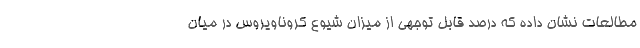
مطالعات نشان داده که درصد قابل توجهی از میزان شیوع کروناویروس در میان